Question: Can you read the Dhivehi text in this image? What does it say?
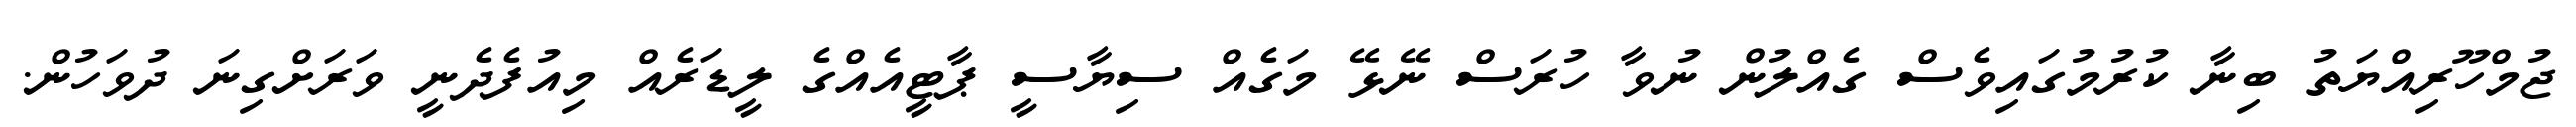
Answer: ޖުމްހޫރިއްޔަތު ބިނާ ކުރުމުގައިވެސް ގެއްލުން ނުވާ ހުރަސް ނޭޅޭ މަގެއް ސިޔާސީ ޕާޓީއެއްގެ ލީޑަރެއް މިއުފެދެނީ ވަރަށްގިނަ ދުވަހުން.